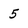
Character: 5